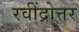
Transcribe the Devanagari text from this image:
रवींद्रोत्तर